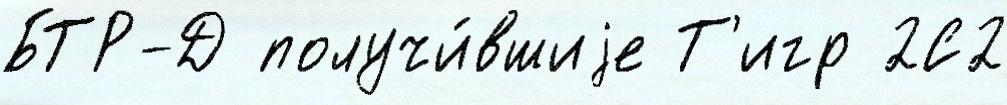
БТР-Д получи́вшиjе Т'игр 2С2